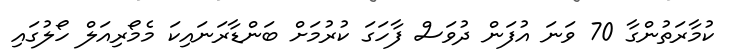
ކުމާރަތުންގާ 70 ވަނަ އުފަން ދުވަސް ފާހަގަ ކުރުމަށް ބަންޑާރަނައިކަ މެމޯރިއަލް ހޯލުގައި